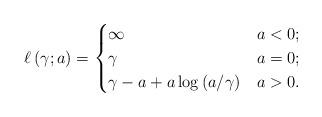
LaTeX: \begin{align*}\ell \left( \gamma ; a \right) = \begin{cases} \infty & a < 0;\\ \gamma & a = 0;\\ \gamma - a + a \log \left( a / \gamma \right) & a > 0. \end{cases} \end{align*}